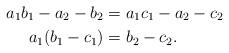
LaTeX: \begin{align*} a_1b_1 - a_2 - b_2 &= a_1c_1 - a_2 - c_2\\ a_1(b_1-c_1) &= b_2-c_2. \end{align*}